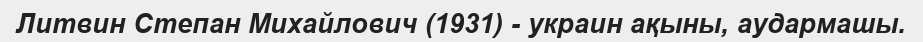
Литвин Cтепан Михайлович (1931) - украин ақыны, аудармашы.